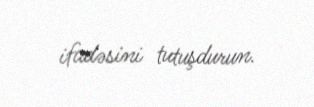
ifadəsini tutuşdurun.